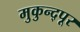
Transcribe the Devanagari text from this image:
मुकुन्द्पूर